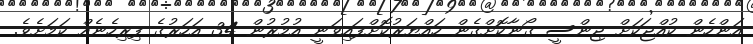
އަންހެން ކުއްޖަކަށް ޖިންސީ ގޯނާކޮށްގެން ހައްޔަރުކޮށްފައިވަނީ އުމުރުން 34 އަހަރުގެ ފިރިހެނެއް ކަމަށެވެ.